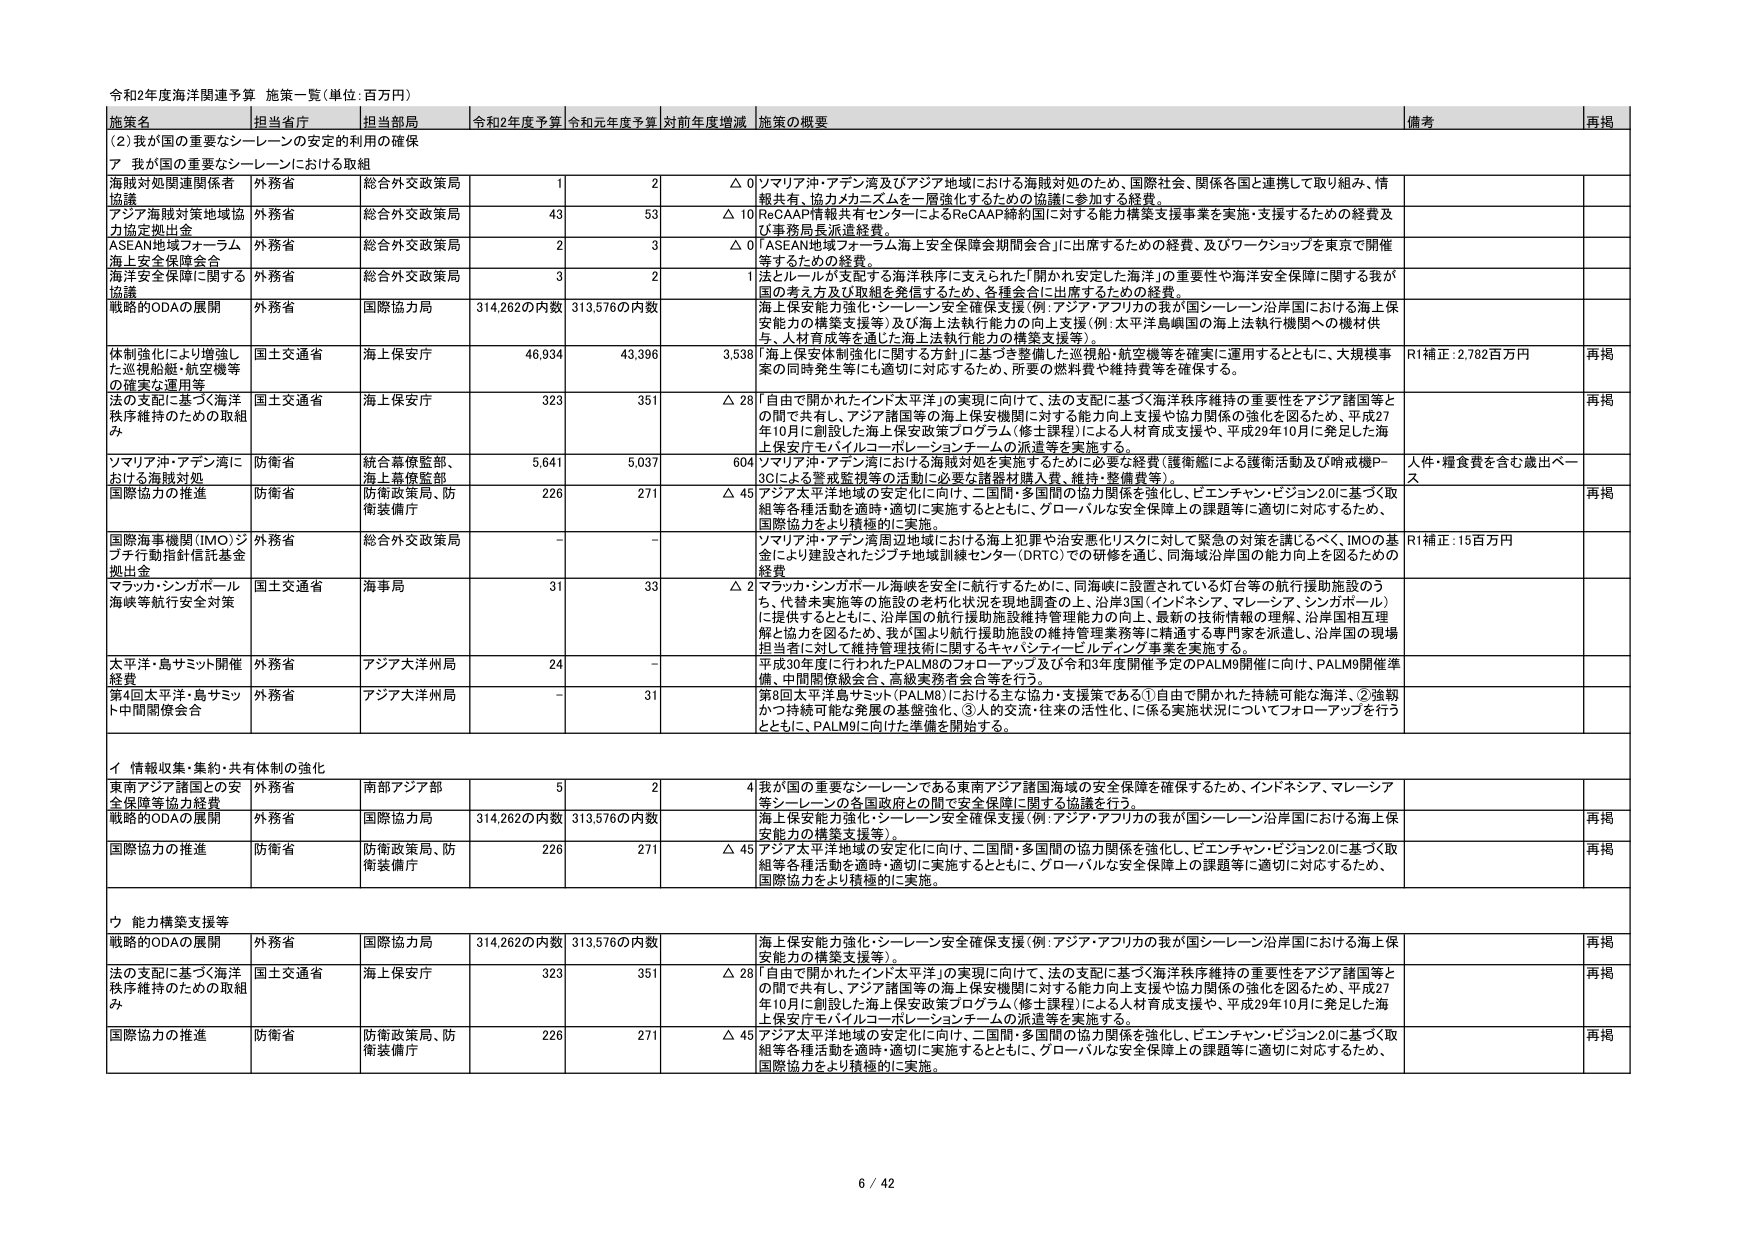
令和2年度海洋関連予算 施策一覧（単位：百万円）

施策名 担当省庁 担当部局 令和2年度予算 令和元年度予算 対前年度増減 施策の概要 備考 再掲

（2）我が国の重要なシーレーンの安定的利用の確保

ア 我が国の重要なシーレーンにおける取組

海賊対処関連関係者協議 外務省 総合外交政策局 1 2 △0 ソマリア沖・アデン湾及びアジア地域における海賊対処のため、国際社会、関係各国と連携して取り組み、情報共有、協力カネスムを一層強化するための協議に参加する経費。

アジア海賊対策地域協力協定拠出金 外務省 総合外交政策局 43 53 △10 ReCAAP情報共有センターによるReCAAP締約国に対する能力構築支援事業を実施・支援するための経費及び事務局長派遣経費。

ASEAN地域フォーラム海上安全保障会合 外務省 総合外交政策局 2 3 △0 「ASEAN地域フォーラム海上安全保障会期間会合」に出席するための経費、及びワークショップを東京で開催するための経費。

海上安全保障に関する協議 外務省 総合外交政策局 3 2 1 法とルールが支配する海洋秩序に支えられた「開かれ安定した海洋」の重要性や海洋安全保障に関する我が国の考え方及び取組を発信するため、各種会合に出席するための経費。

戦略的ODAの展開 外務省 国際協力局 314,262の内数 313,576の内数 海上保安能力強化・シーレーン安全確保支援（例：アジア・アフリカの我が国シーレーン沿岸国における海上保安能力の構築支援等）及び海上法執行能力の向上支援（例：太平洋島嶼国の海上法執行機関への機材供与、人材育成等を通じた海上法執行能力の構築支援等）。

体制強化により増強した巡視船舶・航空機等の確実な運用等 国土交通省 海上保安庁 46,934 43,396 3,538 「海上保安体制強化に関する方針」に基づき整備した巡視船・航空機等を確実に運用するとともに、大規模事案の同時発生等にも適切に対応するため、所要の燃料費や維持費等を確保する。 R1補正：2,782百万円 再掲

法の支配に基づく海洋秩序維持のための取組み 国土交通省 海上保安庁 323 351 △28 「自由で開かれたインド太平洋」の実現に向けて、法の支配に基づく海洋秩序維持の重要性をアジア諸国等との間で共有し、アジア諸国等の海上保安機関に対する能力向上支援や協力関係の強化を図るため、平成27年10月に創設した海上保安政策プログラム（修士課程）による人材育成支援や、平成29年10月に発足した海上保安庁モバイルコーポレーションチームの派遣等を実施する。 再掲

ソマリア沖・アデン湾における海賊対処 国防省 統合幕僚監部、海上幕僚監部 5,641 5,037 604 ソマリア沖・アデン湾における海賊対処を実施するために必要な経費（護衛艦による護衛活動及び哨戒機P-3Cによる警戒監視等の活動に必要な諸器材購入費、維持・整備費等）。 人件・糧食費を含む歳出ベース

国際協力の推進 国防省 防衛政策局、防衛装備庁 226 271 △45 アジア太平洋地域の安定化に向け、二国間・多国間の協力関係を強化し、ビエンチャン・ビジョン2.0に基づく取組等各種活動を適時・適切に実施するとともに、グローバルな安全保障上の課題等に適切に対応するため、国際協力をより積極的に実施。 再掲

国際海事機関（IMO）ジブチ行動指針信託基金拠出金 外務省 総合外交政策局 - - - ソマリア沖・アデン湾周辺地域における海上犯罪や治安悪化リスクに対して緊急の対策を講じるべく、IMOの基金により建設されたジブチ地域訓練センター（DRTC）での研修を通じ、同海域沿岸国の能力向上を図るための経費。 R1補正：15百万円

マラッカ・シンガポール海峡等航行安全対策 国土交通省 海事局 31 33 △2 マラッカ・シンガポール海峡を安全に航行するために、同海峡に設置されている灯台等の航行援助施設のうち、代替未実施等の施設の老朽化状況を現地調査の上、沿岸3国（インドネシア、マレーシア、シンガポール）に提供するとともに、沿岸国の航行援助施設維持管理能力の向上、最新の技術情報の理解、沿岸国相互理解と協力を図るため、我が国より航行援助施設の維持管理業務等に精通する専門家を派遣し、沿岸国の現場担当者に対して維持管理技術に関するキャパシティービルディング事業を実施する。

太平洋・島サミット開催経費 外務省 アジア大洋州局 24 - - 平成30年度に行われたPALM8のフォローアップ及び令和3年度開催予定のPALM9開催に向け、PALM9開催準備、中間関係協会合、高級実務者会合等を行う。

第8回太平洋島サミット（PALM8）に向けた主な協力・支援策である①自由で開かれた持続可能な海洋、②強靭かつ持続可能な発展の基盤強化、③人的交流・往来の活性化、に係る実施状況についてフォローアップを行うとともに、PALM9に向けた準備を開始する。

イ 情報収集・集約・共有体制の強化

東南アジア諸国との安全保障等協力経費 外務省 南部アジア部 5 2 4 我が国の重要なシーレーンである東南アジア諸国海域の安全保障を確保するため、インドネシア、マレーシア等シーレーンの各国政府との間で安全保障に関する協議を行う。

戦略的ODAの展開 外務省 国際協力局 314,262の内数 313,576の内数 海上保安能力強化・シーレーン安全確保支援（例：アジア・アフリカの我が国シーレーン沿岸国における海上保安能力の構築支援等）。 再掲

国際協力の推進 国防省 防衛政策局、防衛装備庁 226 271 △45 アジア太平洋地域の安定化に向け、二国間・多国間の協力関係を強化し、ビエンチャン・ビジョン2.0に基づく取組等各種活動を適時・適切に実施するとともに、グローバルな安全保障上の課題等に適切に対応するため、国際協力をより積極的に実施。 再掲

ウ 能力構築支援等

戦略的ODAの展開 外務省 国際協力局 314,262の内数 313,576の内数 海上保安能力強化・シーレーン安全確保支援（例：アジア・アフリカの我が国シーレーン沿岸国における海上保安能力の構築支援等）。 再掲

法の支配に基づく海洋秩序維持のための取組み 国土交通省 海上保安庁 323 351 △28 「自由で開かれたインド太平洋」の実現に向けて、法の支配に基づく海洋秩序維持の重要性をアジア諸国等との間で共有し、アジア諸国等の海上保安機関に対する能力向上支援や協力関係の強化を図るため、平成27年10月に創設した海上保安政策プログラム（修士課程）による人材育成支援や、平成29年10月に発足した海上保安庁モバイルコーポレーションチームの派遣等を実施する。 再掲

国際協力の推進 国防省 防衛政策局、防衛装備庁 226 271 △45 アジア太平洋地域の安定化に向け、二国間・多国間の協力関係を強化し、ビエンチャン・ビジョン2.0に基づく取組等各種活動を適時・適切に実施するとともに、グローバルな安全保障上の課題等に適切に対応するため、国際協力をより積極的に実施。 再掲

6 / 42